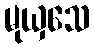
မုယှသေ